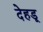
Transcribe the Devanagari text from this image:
देहडू